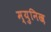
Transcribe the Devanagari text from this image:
म्युनिख़